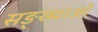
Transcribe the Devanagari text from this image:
सङ्ख्याअाें